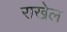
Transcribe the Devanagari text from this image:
राखेल